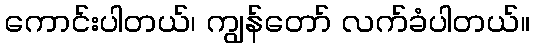
ကောင်းပါတယ်၊ ကျွန်တော် လက်ခံပါတယ်။